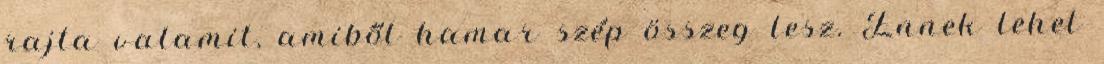
rajta valamit, amiből hamar szép összeg lesz. Ennek lehet